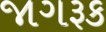
જાગરૂક